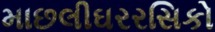
માછલીઘરરસિકો